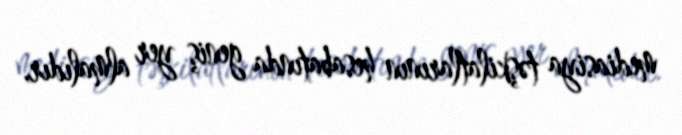
mediasiya təşkilatlarının hesabatında geniş yer almalıdır.